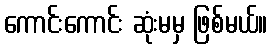
ကောင်းကောင်း ဆုံးမမှ ဖြစ်မယ်။